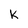
Character: k